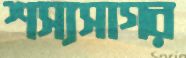
শস্যসাগর